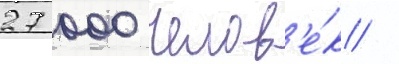
27 000 челов'е́к /